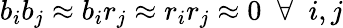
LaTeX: b_{i}b_{j}\approx b_{i}r_{j}\approx r_{i}r_{j}\approx 0\; \; \forall\; \; i,j